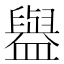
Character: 𰥇